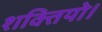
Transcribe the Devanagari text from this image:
शक्तियो।